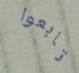
تابعوا